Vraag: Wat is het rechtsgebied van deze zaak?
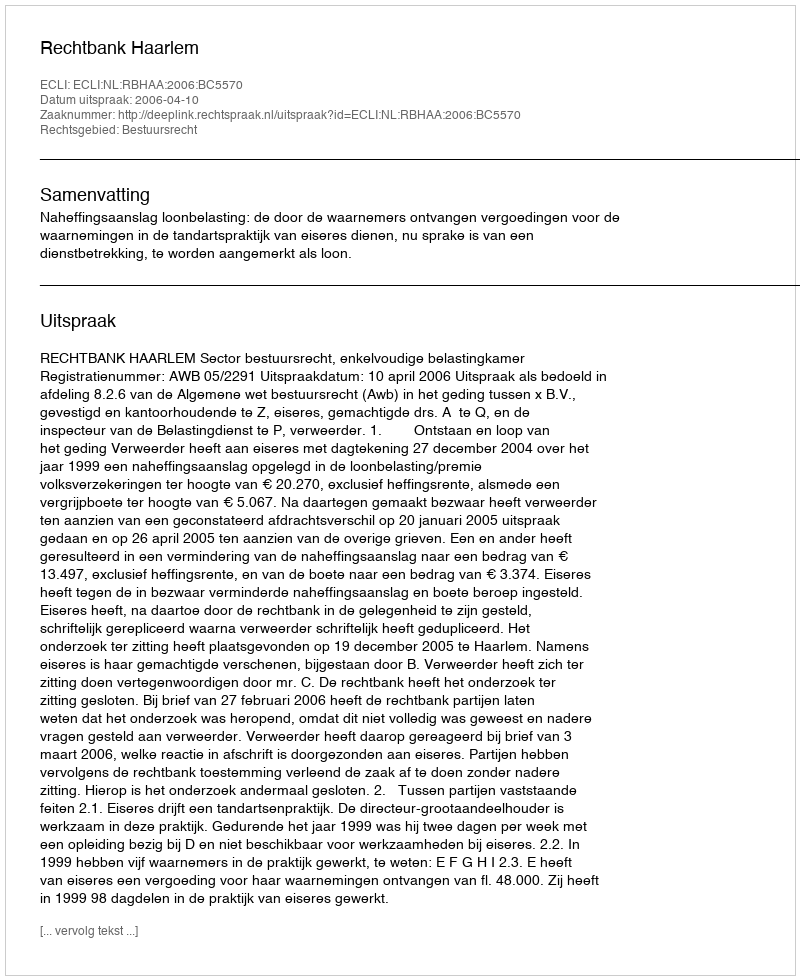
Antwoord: Bestuursrecht